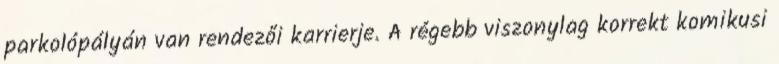
parkolópályán van rendezői karrierje. A régebb viszonylag korrekt komikusi